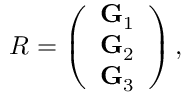
\begin{array} { r } { R = \left( \begin{array} { c } { { \bf G } _ { 1 } } \\ { { \bf G } _ { 2 } } \\ { { \bf G } _ { 3 } } \end{array} \right) , } \end{array}